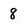
Character: 8